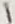
Text: 1